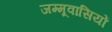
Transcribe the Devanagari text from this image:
जम्मूवासियों